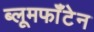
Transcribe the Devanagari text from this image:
ब्लूमफॉँटेन